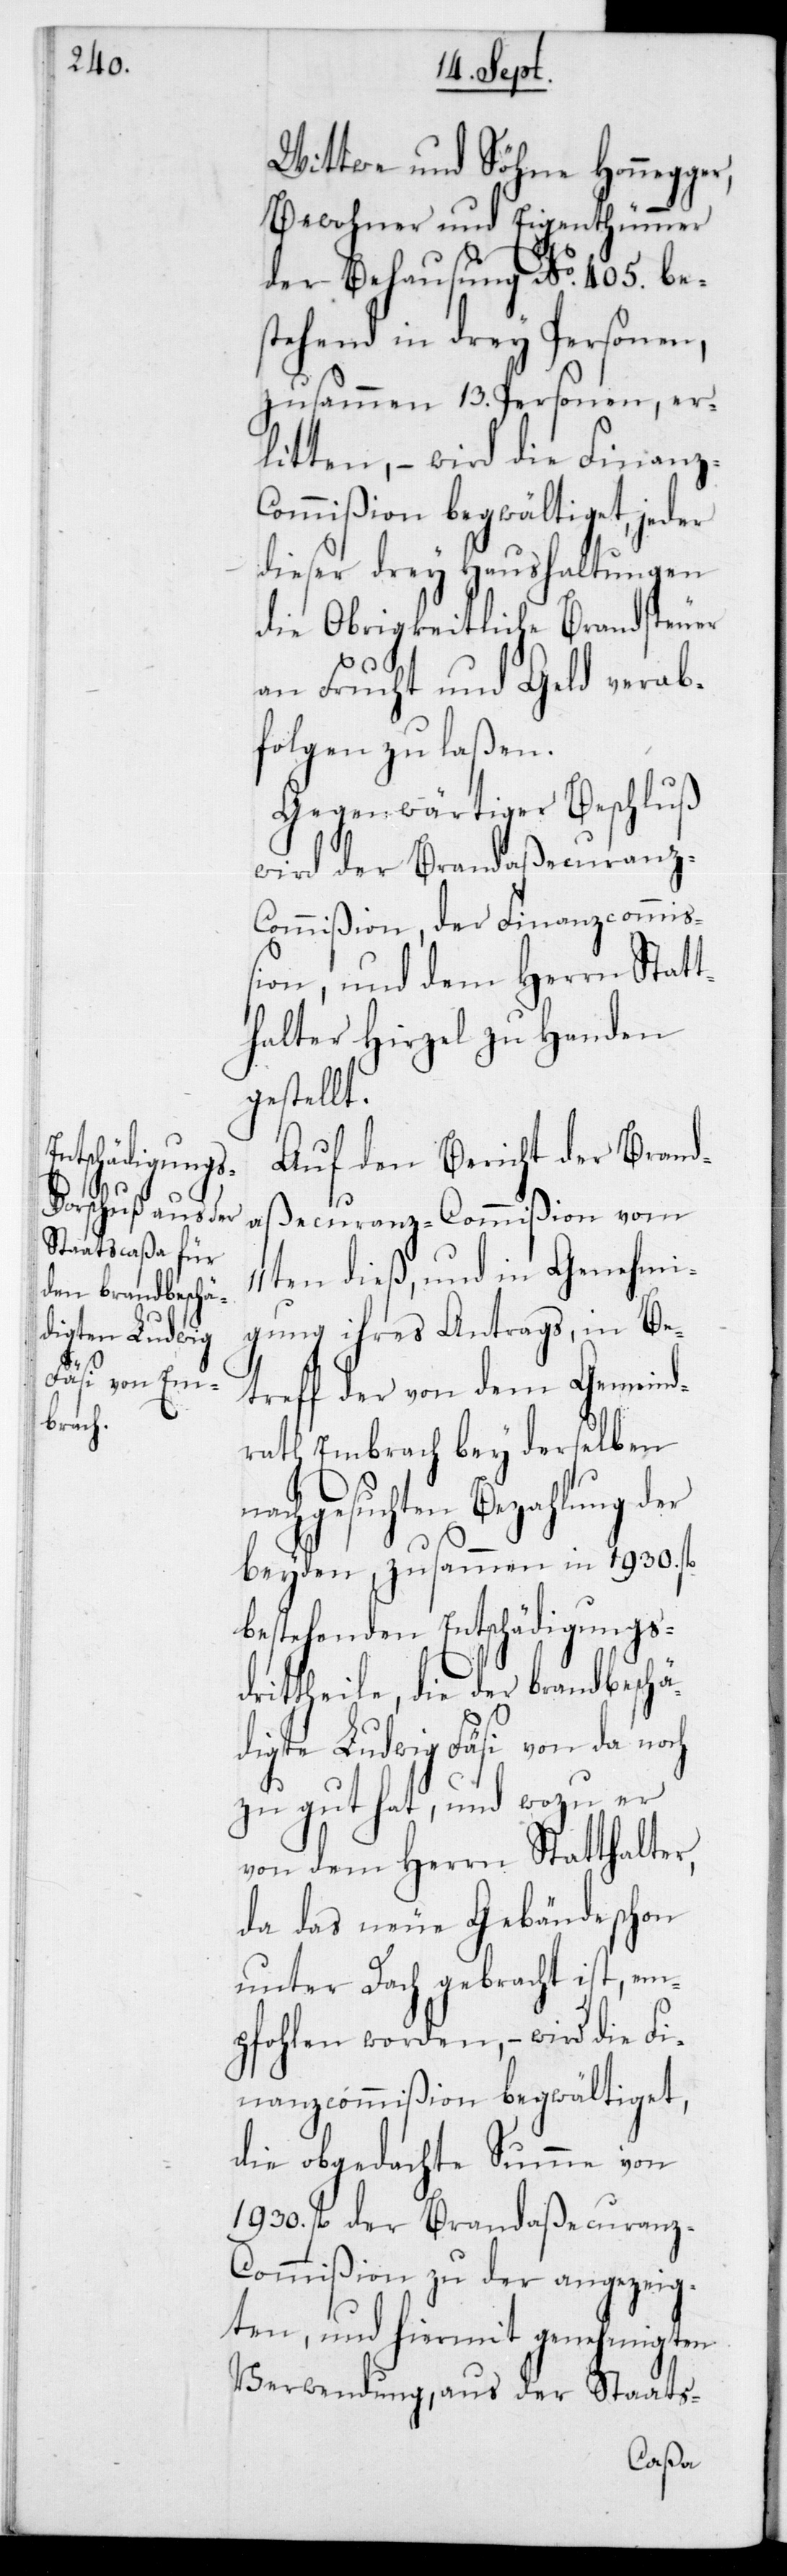
Wittwe und Söhne Honegger,
Bewohner und Eigenthümmer
der Behausung No 405, be¬
stehend in drey Personen;
zusammen 13 Personen, er¬
litten, – wird die Fin¬
dieser drey Haushaltungen
die Obrigkeitliche Brandsteuer
an Frucht und Geld verab¬
folgen zu laßen.
Gegenwärtiger Beschluß
wird der Brandaßecuranz-C¬
ommißion, der Finanzcommiß¬
ion, und dem Herrn Statt¬
halter Hirzel zu Handen
gestellt.
Auf den Bericht der Brand¬
aßecuranz-Commißion vom
11ten dieß und in Genehmi¬
gung ihres Antrags, in Be¬
treff der von dem Gemeind¬
rath Embrach bey derselben
nachgesuchten Bezahlung der
beyden, zusammen in 1930 fl.
bestehenden Entschädigungs¬
drittheile, die der brandbeschä¬
digte Ludwig Fäsi von da noch
zu gut hat, und wozu er
von dem Herrn Statthalter,
da das neue Gebäude schon
unter Dach gebracht ist, em¬
pfohlen worden, – wird die Fi¬
nanzcommißion begwältiget,
die obgedachte Summe von
1930 fl. der Brandaßecuran¬
z-Commißion zu der angezeig¬
ten, und hiermit genehmigten
Verwendung, aus der Staats-